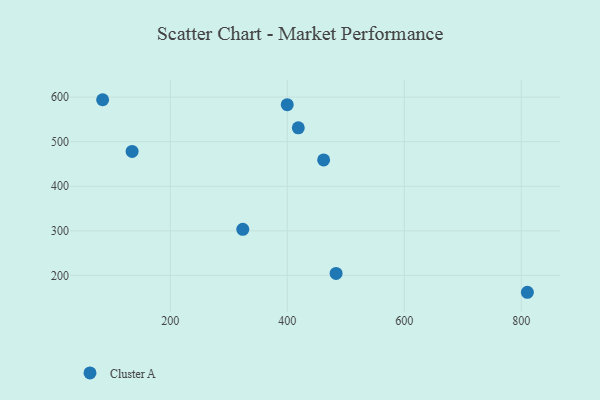
{"axis": {"x": "Speed", "y": "Yield"}, "legend": ["Cluster A"], "data": [{"x": "399.9", "y": 583.0, "type": "Cluster A"}, {"x": "84.3", "y": 594.1, "type": "Cluster A"}, {"x": "323.9", "y": 303.3, "type": "Cluster A"}, {"x": "810.4", "y": 162.1, "type": "Cluster A"}, {"x": "134.7", "y": 478.1, "type": "Cluster A"}, {"x": "418.8", "y": 531.1, "type": "Cluster A"}, {"x": "483.4", "y": 204.4, "type": "Cluster A"}, {"x": "462.1", "y": 459.1, "type": "Cluster A"}]}